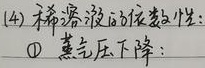
(4) 稀溶液的依数性：\textcircled{1} 蒸气压下降：